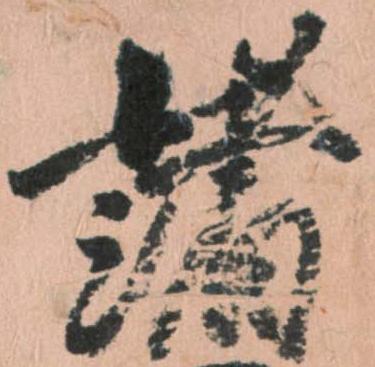
諸